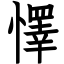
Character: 懌